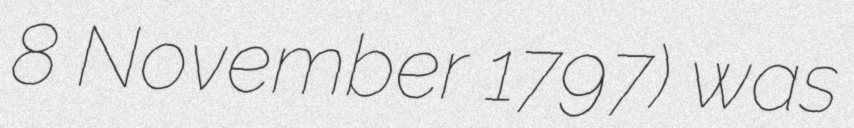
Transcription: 8 November 1797) was